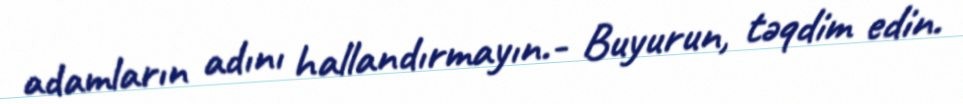
adamların adını hallandırmayın.- Buyurun, təqdim edin.